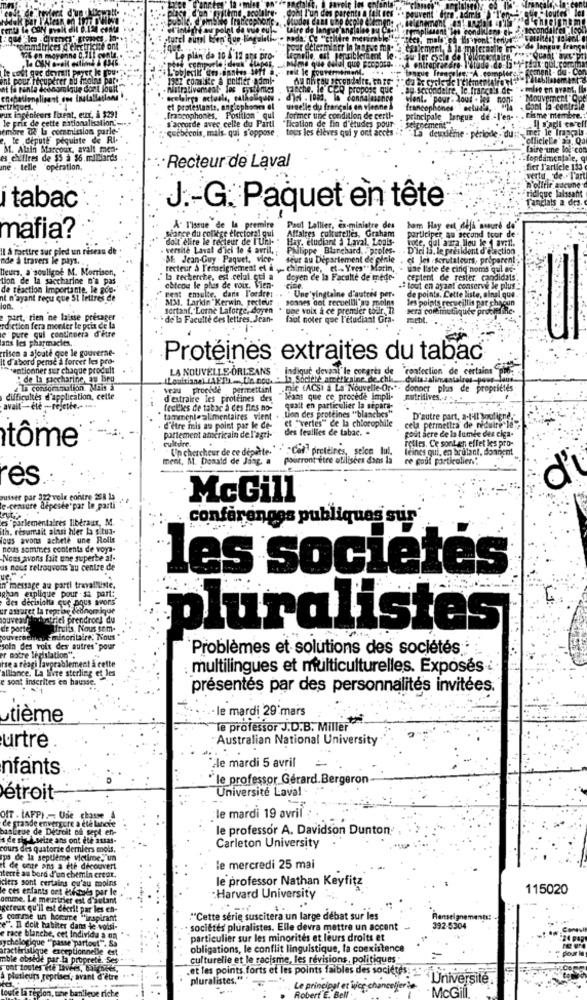
T'un des parents a fait nes
point de vue eu -
"taire de langue ang
106 en moyenne 0.
"Le plan de 10 & 12 ans pro-
Fait-le courtroom
ent pour récupérer ou moln
at fa renta dela
leche. le CER propose que
le fran
trelairga actuale, calkol
connale
eux ingenteurs lient, ett, à $291
xtriggers.
et protestants, anglophones el uinelle du français en vien
anel
le prix de cette nationalisation .-
„francophones, Position " qui
former une condition de certi-
sale
Ingue
embre 82 b coenmission parle-"
s'accorde avec celle du Partl "fication de fin d'etudes pour
quebécois, mais, qui s'oppose , tous les élèves qui y ont accès
chement
le diputt pequiste de Ri-
dewithnie - période. du
officiele sa. Qa
M. Alain Marcoux, avalt men-
une-une
es chiffres de $$ à $6.milliards
fondamentale, q
ne . telle operation.
·Recteur de Laval
fier l'article 133
vertu 'de . Tart
ridique laissant
itabac
Tancials a des.
J .- G. Paquet en tête
biance du collège electoral qui
A. l'issue de la premire
Paul Lallier, Ex-ministre des
Affaires culturelles, Graham
ham Hay est daja suura de
mafia?
dolt elire le recteur de l'Url. "
Hay, etudiant & Laval. Louis-
participer au second tour de
mode, gul aura lieu le 1 avril.
Il à ractire sur pied un réseau de
versite Laval d'ici le 4 avril,
Philippe Blanchard. . proles.
D'ici 13. le president d'election
nde à travers le pays.
& Jean-Guy Paquet, vice-
seur au Deparlement de pinle . et Jes .scrutateurs, proparent
leurs, a souligné M. Morrison,
recteur & Tenseignement el a ,- chimique, et . Yres" Matin,
une liste de cinq noms quil de-
tion de la saccharine n'a pas
" la recherche, est .celui. qui a
doyen de la Faculté de mede-
ceptent de rester candidats
de réaction importante, le góg.
cbtcon le plus de voir. Vien-
# tout en ayant conserve le plus!
nt n'ayant reçu que 5t lettres de
Fest emulte, dans l'ordre: ..
ai3d. Larkin"Kerwin, recteur
Une vingtaine d'autres per.
de points. Cette liste, ainsi que
les points recueillis par chacun
ion.
sortant."Lorne Laforge, doyen *
"une voix a ce premier tour, ni
soaves oot recueilli an moins
sera cordmutiiquée procidine-
part, rien ne laisse présager
de'la Faculté des lettres. Jean-
foot noter que l'étudiant Gia-
ment .
rdiction fera morder le prix de la
e pure qui continuera d'etre
ans les pharmacies ..
risco a ajouté que le gouverne-
It d'abord pense a forcer les pro-
Protéines extraites du tabac
IT-entionner sur chaque prodult
LA NOUVELLE ORLEANS " indique devant le corgris de 'confection de certains"
" de la saccharine, as Beu
Louisiana) (AFI !-... Un nou " la, Société américaine.de.
ine de.chi. cultasaliment
eLa consommation. Mais à
veau procédé permettant
.mit (ACS) a La Nouvelle-Or -*- donner plus de propriétés
difficultés d'application, celle
d'extraire les protéines des
Hans que ce, procede impli-
nutritives,
avait-ele -
fectles de tabac a des fins no-
tion des protéines "blanches"
quait en particulier la separa.
tarmente alimentaires vient .
et "verles"" de la chiorophile
D'autre part, a-t-il wooliend.
d'être mis au point par le de-
des feuilles de tabac. .
pout acre de la lumie des ciga-
cela permettra de réduire le"
tôme
partement américain de l'agri-
Tolles. Ce sont en effet les pro-
culture.
Un chercheur de ce deperte. " " "" Caf. protéines, selon lui.
leines gui, en brutant, donnent
ment, M. Donald de Jang. a
pourront être utilisces dans is
re poul particalien."
és
d'
pusser par 312 vele contre 258 1a
McGill
e-censure alpesde'par le parti"
es "parlementaires libéraux, M.
confèrenges publiques sur
th. resamait ainsi hier la situa-
Vous avons acheté une Rolls
nous sommes contents de voya-
Nous avons fait une superbe al-
as nous retrouvons au centre de
les societes
In message au parti travailliste.
Rhun explique pour sa part :.
des decisions que nous avons
er amaret la reprise detnomique
buvean
dhuntilel prendrons du
de porte
Umut's, Nous sem-
pluralistes
couverments
minoritaire: Nous
soln des voix des autres" pour
Problèmes et solutions des sociétés
er notre legislation"."
tse a réagi lavprablement à cette
alliance. La livre sterling et les
multilingues et multiculturelles. Exposés
e sont inscrites en hausse."
présentés par des personnalités invitées.
· le mardi 29'mars
tième
"Te professor J.D.B. Miller
Australian National University
urtre
'ele mardi 5 avril
nfants
le professor Gerard. Bergeron
Université Laval
étroi
OfT . (AFP) - Use chasse
de grande envergure a été lancie
le mardi 19 avril :
ve de Detroit od sepl en-
le professor A. Davidson Dunton
's de she A seize ans ont ete assas-
cours des quatorze derniers mois.
Carleton University
ips de la septième victime. un
t de care ains a ete découvert
le mercredi 25 mai
iterre au bord d'un chemin credr.
ciers sont certains qu'au moins
le professor Nathan Keyfitz
e ces enfants ont (afford par le
115020
omme. Le m
er est d'autant
:Harvard University
gereux qu'il est décrit par les en-
comme un bocure "inspirant
"Cette série suscitera un large débat sur les
Renseignements :-.
e". Il doit habiter dans le volsi-
. sociétés pluralistes. Elle devra mettre un accent
392-5304
rychelogique
race blanche, cet Individu a un
partout". &a
particulier sur les minorités et leurs droits et
24 pop
actiristique exception
obligations, le conflit linguistique, la coexistence
mble obsédé
culturelle et le racisme, les revisions, politiques.
„et les points forts et les points faibles des sociétés:
fleurs repr
pluralistes," .
nenfer:
Université.
La region,
riche
Le principal et wvier
Roby
· McGill.